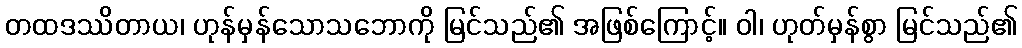
တထဒဿိတာယ၊ ဟုန်မှန်သောသဘောကို မြင်သည်၏ အဖြစ်ကြောင့်။ ဝါ၊ ဟုတ်မှန်စွာ မြင်သည်၏